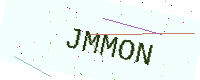
Text: JMMON